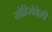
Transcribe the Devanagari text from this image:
मोहिमेवेळी